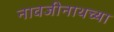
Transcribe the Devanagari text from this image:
नावजीनाथच्या